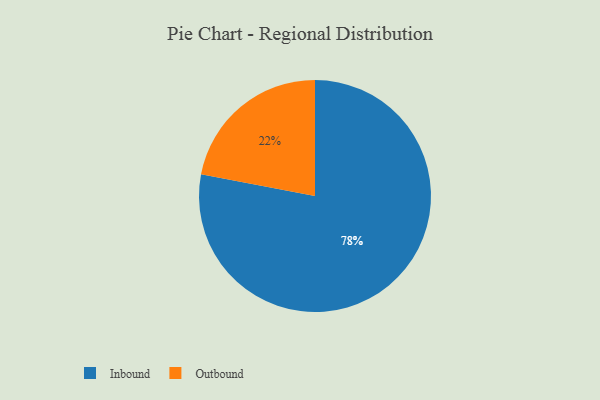
{"axis": {"x": "Category", "y": "Percentage"}, "legend": ["Inbound", "Outbound"], "data": [{"x": "Inbound", "y": 78, "type": "Inbound"}, {"x": "Outbound", "y": 22, "type": "Outbound"}]}